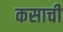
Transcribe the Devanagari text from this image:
कसाची